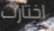
إختارت